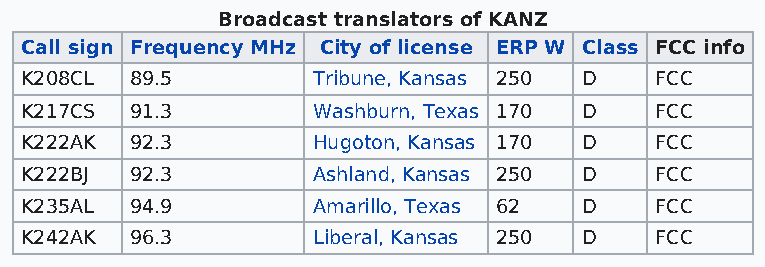
Broadcast translators of KANZ
 Call sign Frequency MHz City of license ERP W Class FCC info
 K208CL  89.5        Tribune, Kansas 250 D FCC
 K217CS  91.3        Washburn, Texas 170 D FCC
 K222AK  92.3        Hugoton, Kansas 170 D FCC
 K222BJ  92.3        Ashland, Kansas 250 D FCC
 K235AL  94.9        Amarillo, Texas 62 D  FCC
 K242AK  96.3        Liberal, Kansas 250 D FCC